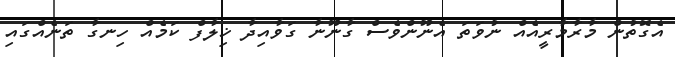
އެގޮތުން މާރާމާރީއެއް ނުވަތަ އެނޫންވެސް ގާނޫނާ ގަވާއިދާ ޚިލާފް ކަމެއް ހިނގާ ތަނެއްގައި